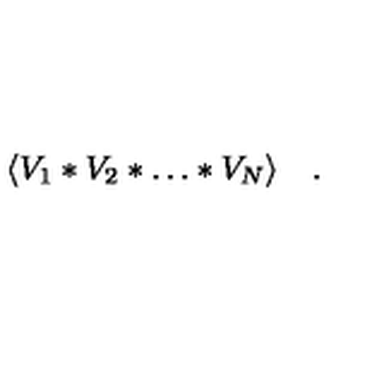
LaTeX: \langle V _ { 1 } \ast V _ { 2 } \ast \dots \ast V _ { N } \rangle \quad .